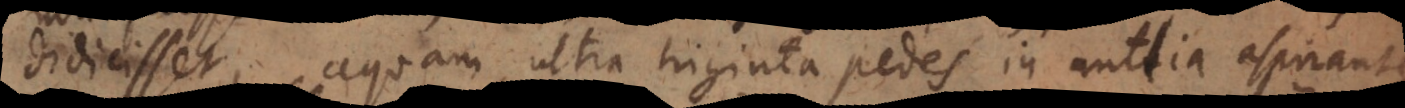
didicisset, aquam ultra triginta pedes in antlia aspirante